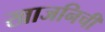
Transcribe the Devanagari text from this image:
खाजनिची